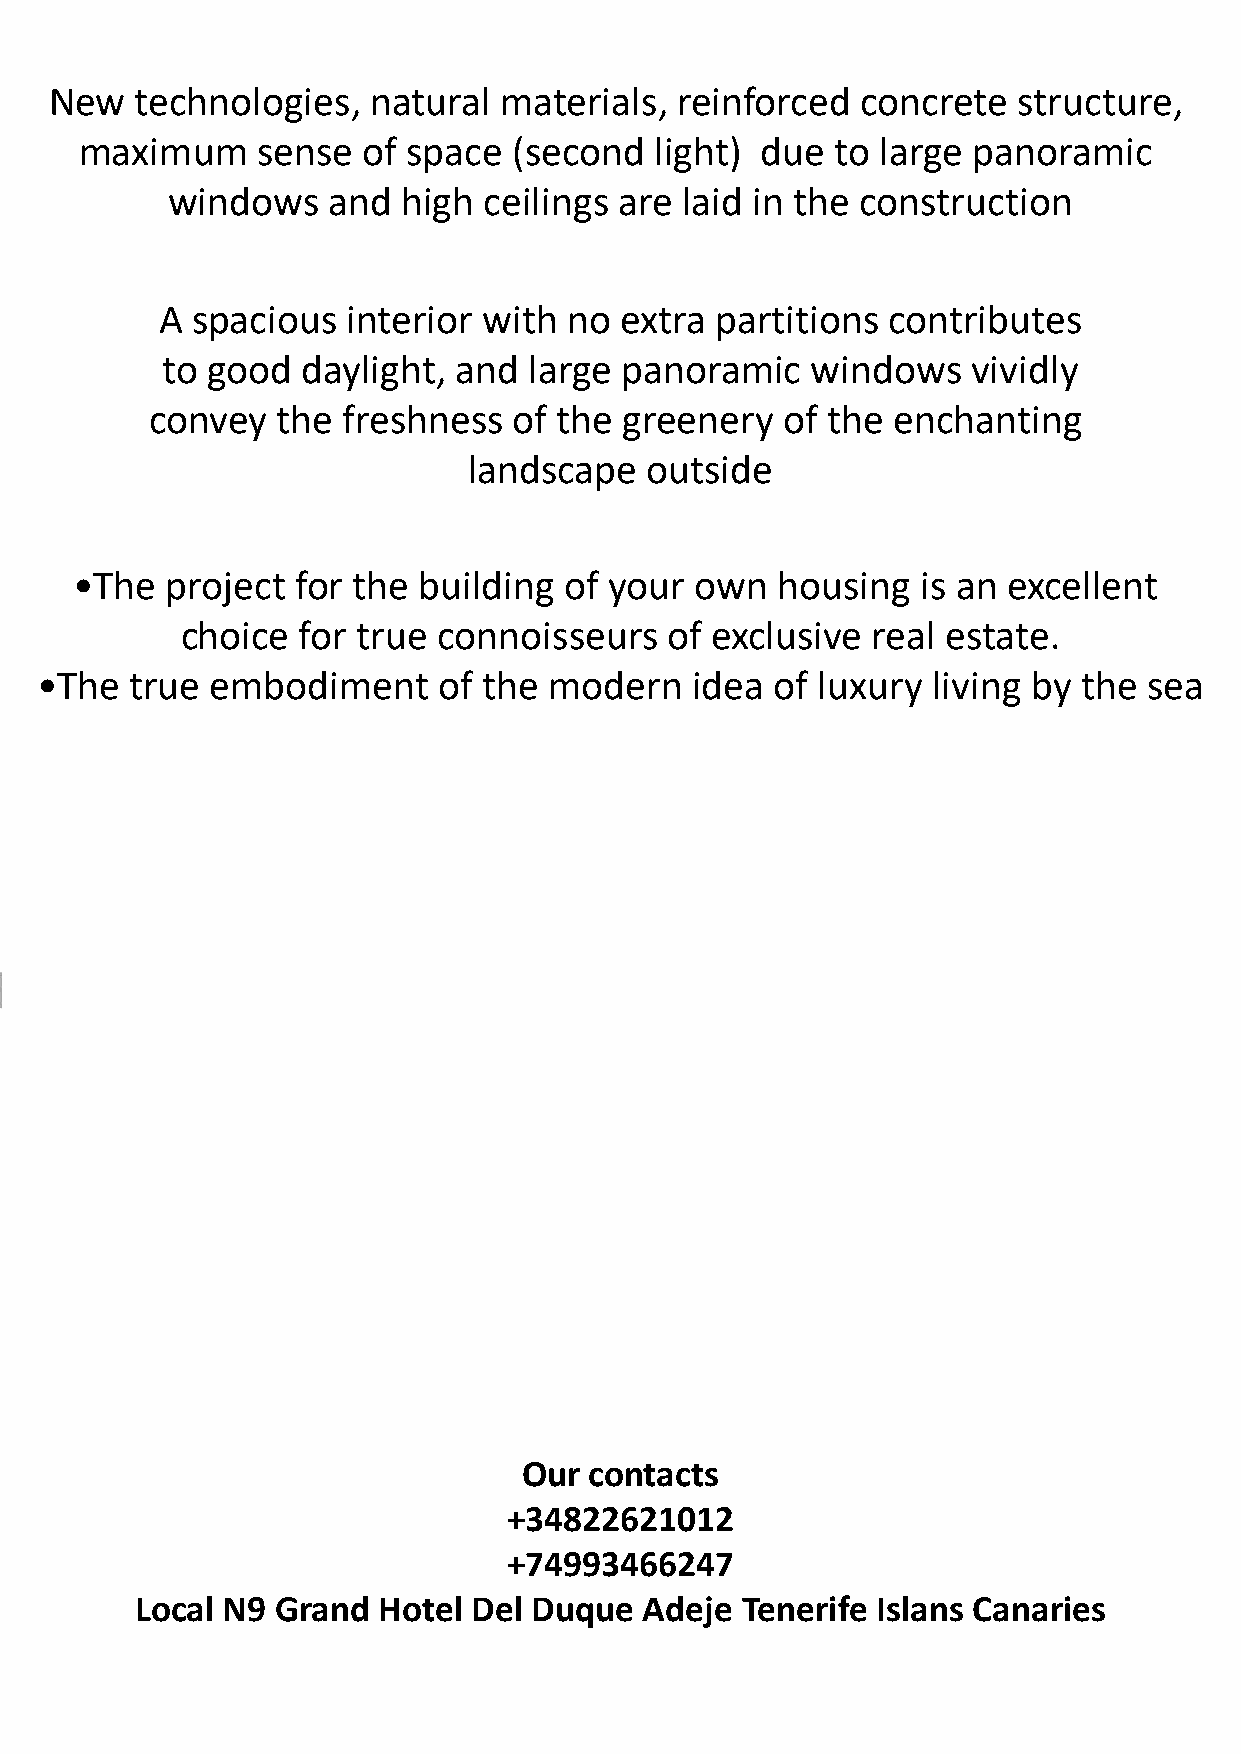
New   technologies,   natural materials,  reinforced  concrete  structure,
 maximum     sense  of space  (second  light) due  to large panoramic
 windows    and  high ceilings are laid in the construction
 A  spacious  interior with  no extra partitions  contributes
 to good  daylight, and  large panoramic    windows   vividly
 convey  the  freshness  of the greenery   of the enchanting
 landscape   outside
 •The  project  for the building of your  own  housing   is an excellent
 choice  for true connoisseurs   of exclusive  real estate.
 •The   true embodiment     of the modern    idea of luxury  living by the sea
 Our contacts
 +34822621012
 +74993466247
 Local N9 Grand  Hotel Del Duque   Adeje Tenerife Islans Canaries